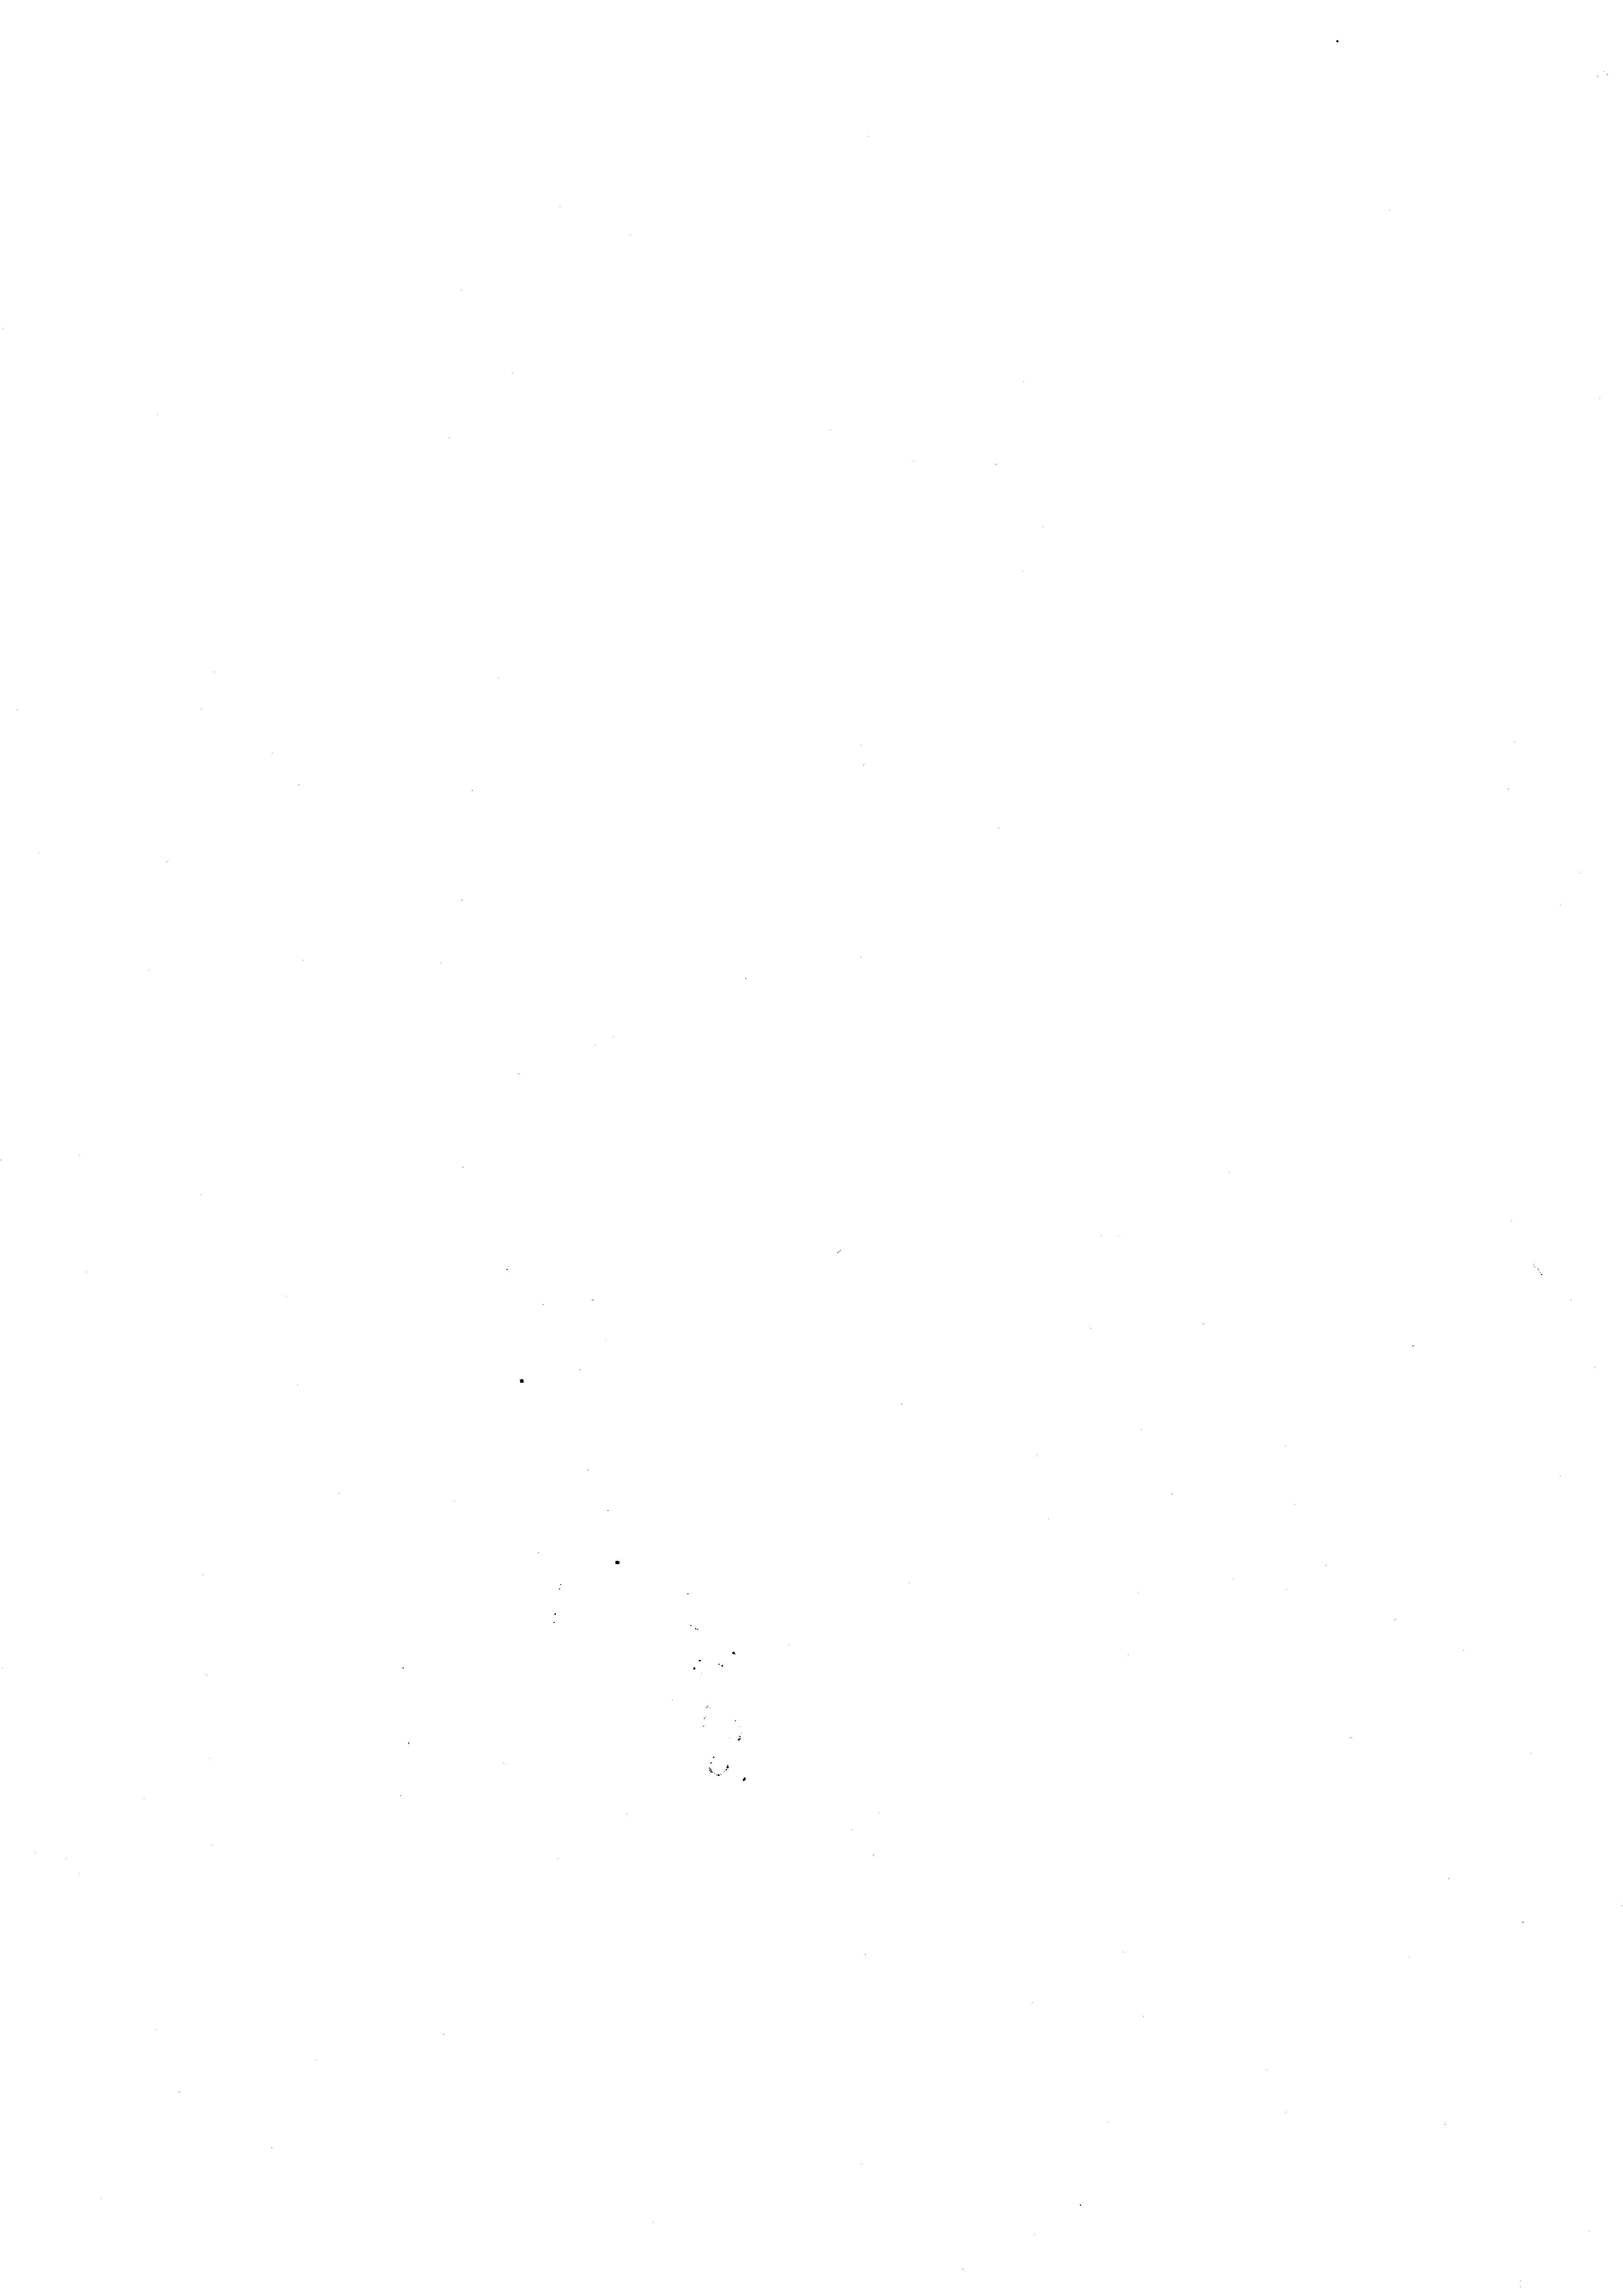
e
¬

22

e

e

.
.
.
.
e
e
e
e
n
e
e
e

e

e

e

e
d

d

e

e

e

e

e

e

e

.

225
e

e

e

e

e

e

e

e

e